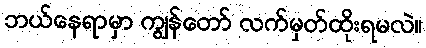
ဘယ်နေရာမှာ ကျွန်တော် လက်မှတ်ထိုးရမလဲ။